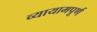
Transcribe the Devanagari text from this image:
व्यायामपूर्ण